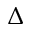
\Delta